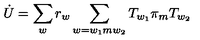
\dot { U } = \sum _ { w } r _ { w } \sum _ { w = w _ { 1 } m w _ { 2 } } T _ { w _ { 1 } } \pi _ { m } T _ { w _ { 2 } }